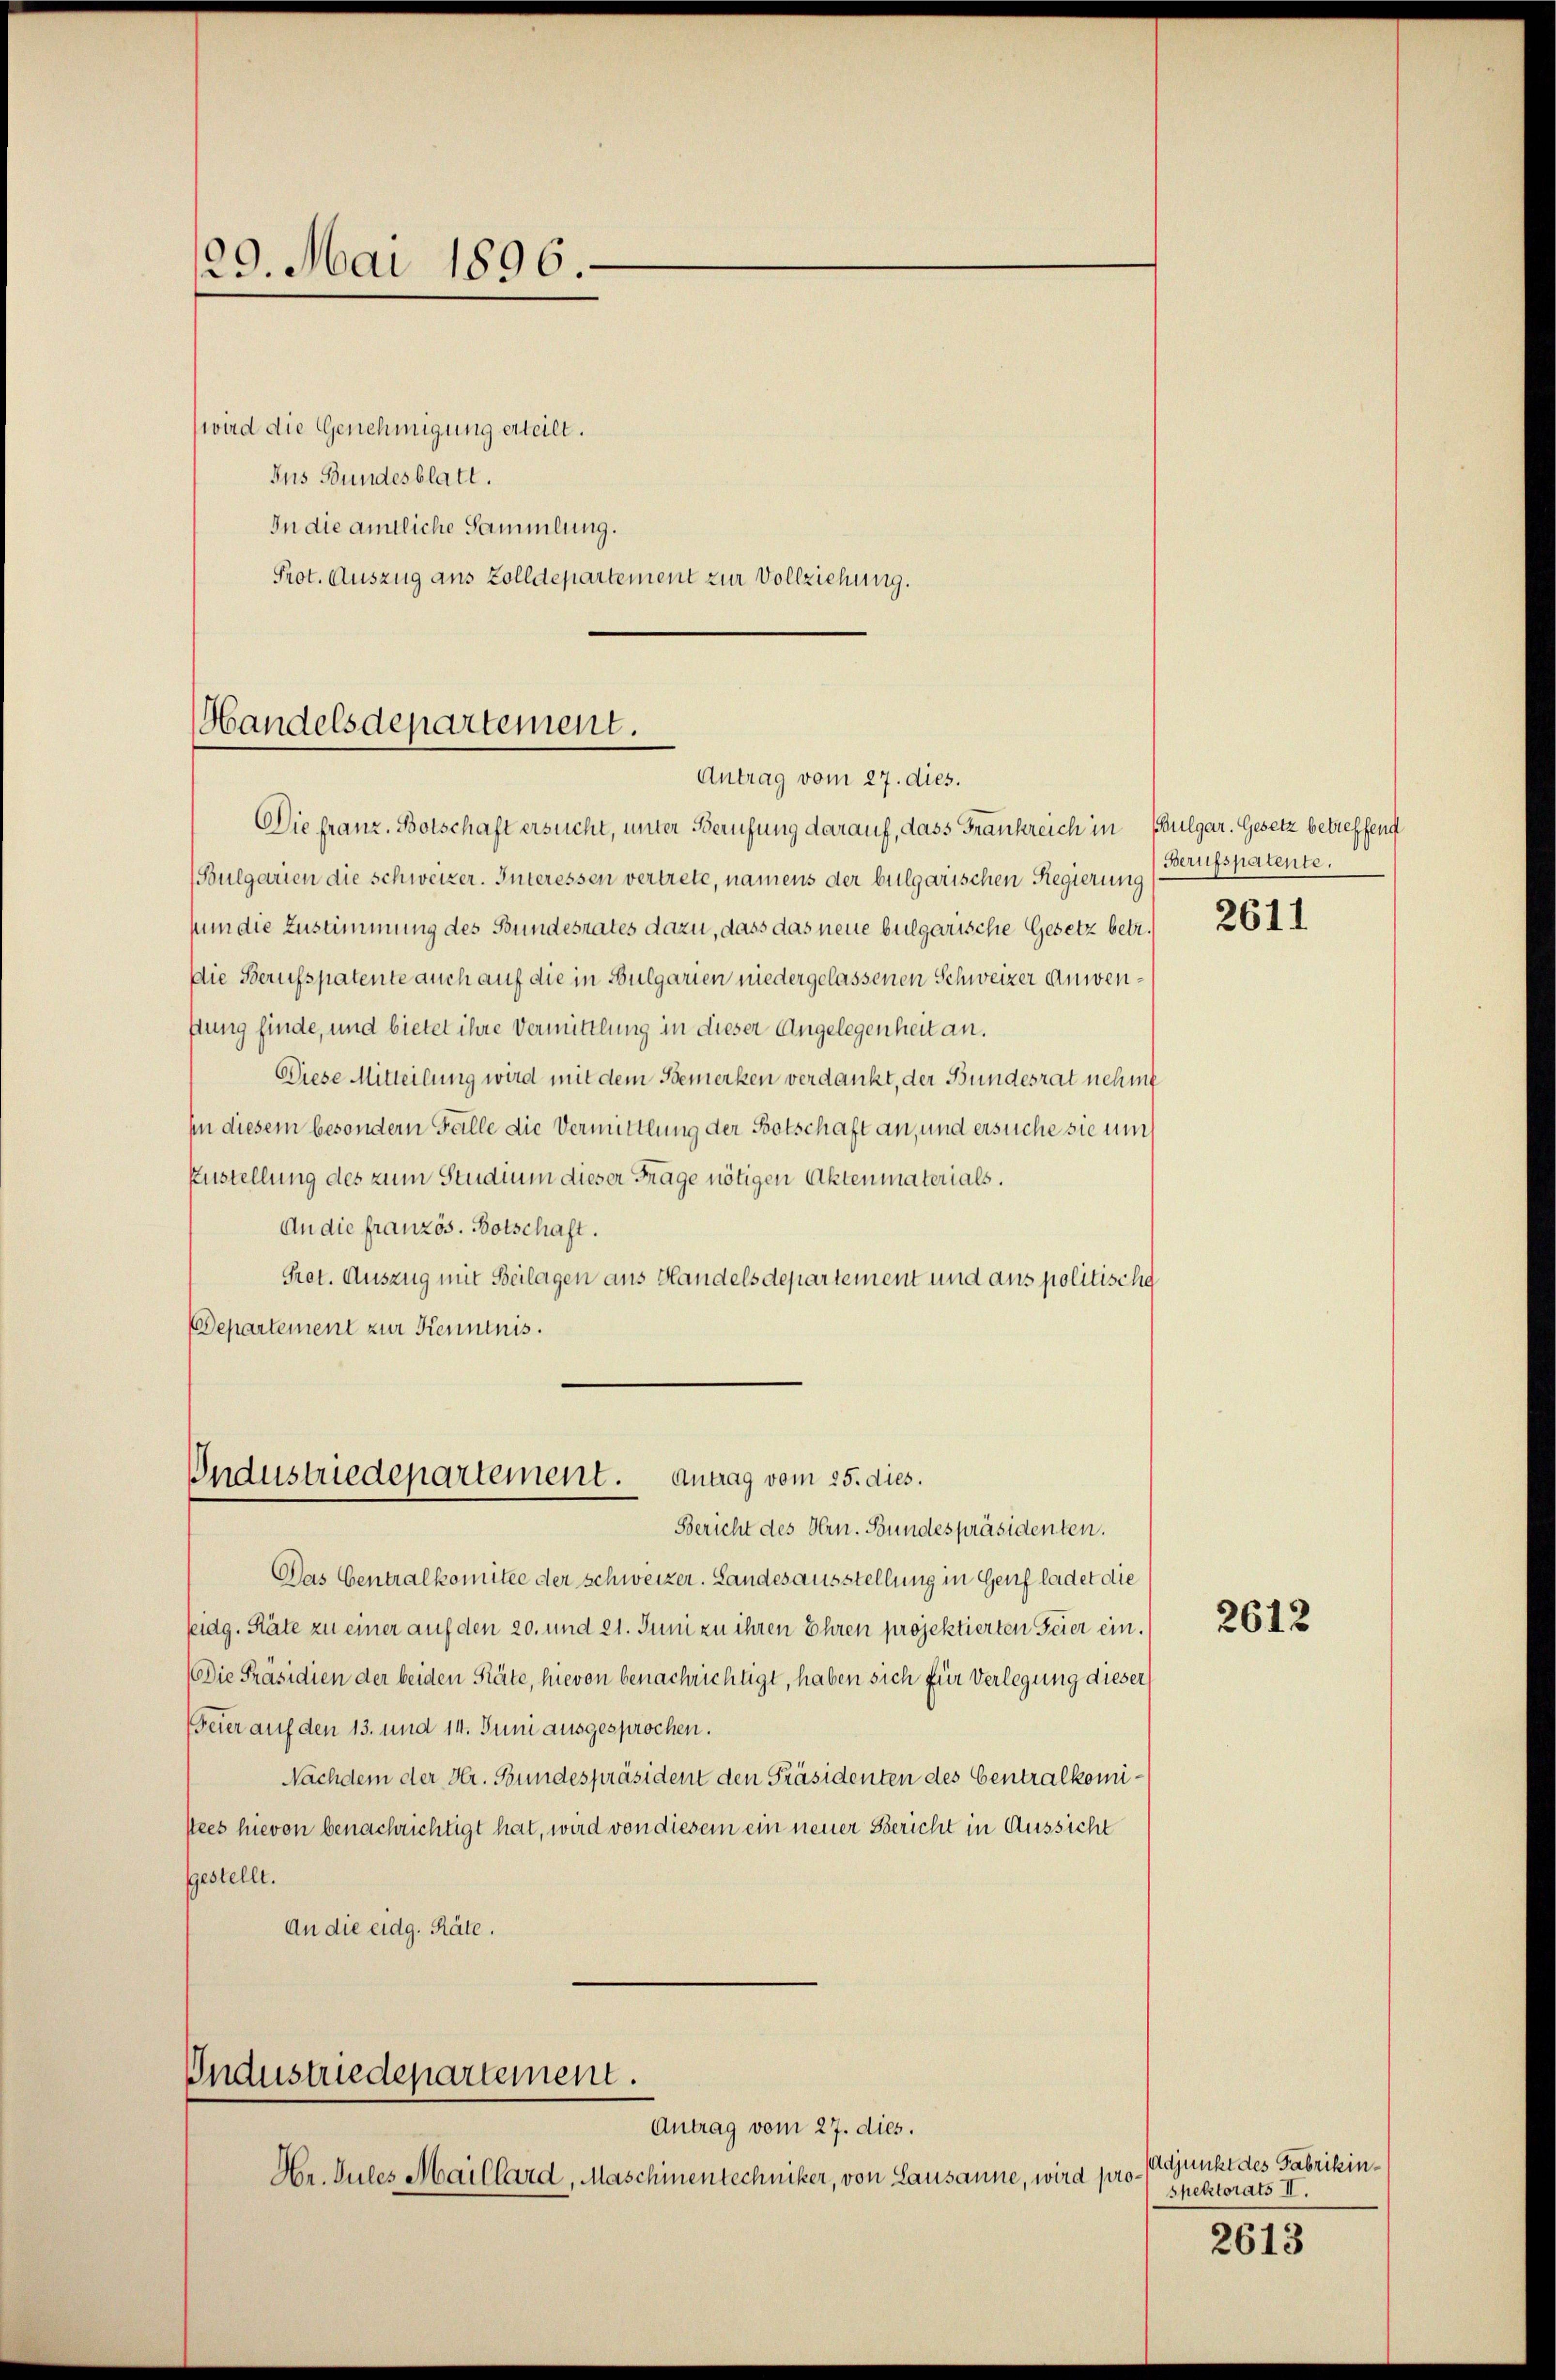
29. Mai 1896.

wird die Genehmigung erteilt.
Ins Bundesblatt.
In die amtliche Sammlung.
Prot. Auszug aus Zolldepartement zur Vollziehung.

Handelsdepartement.
Antrag vom 27. dies.

Die franz. Botschaft ersucht, unter Berufung darauf, dass Frankreich in Bulgar. Gesetz betreffend
(Sulgarien die schweizer. Interessen vertrete, namens der bulgarischen Regierung
suum die Zustimmung des Bundesrates dazu, dass das neue bulgarische Gesetz betr.
Die Berufspatente auch auf die in Bulgarien niedergelassenen Schweizer Anwenftung finde, und bietet ihre Vermittlung in dieser Angelegenheit an.
Diese Mitteilung wird mit dem Bemerken verdankt, der Bundesrat nehmt
hin diesem besondern Fälle die Vermittlung der Botschaft an, und ersuche sie um
Zustellung des zum Studium dieser Frage nötigen Aktenmaterials.
An die französ. Botschaft.
Pret. Auszug mit Beilagen aus Handelsdepartement und aus politische
Departement zur Kenntnis.
Industriedepartement. Antrag vom 25. dies.
Bericht des Hrn. Bundespräsidenten.
Das Centralkomitee der schweizer. Landesausstellung in Genf ladet die
seidg. Räte zu einer auf den 20. und 21. Juni zu ihren Ehren projektierten Feier ein.
Die Präsidien der beiden Räte, hievon benachrichtigt, haben sich für Verlegung dieser
(Feier auf den 13. und 14. Juni ausgesprochen.
Nachdem der Hr. Bundespräsident den Präsidenten des Centralkomistees hievon benachrichtigt hat, wird von diesem ein neuer Bericht in Aussicht
ggestellt.
An die eidg. Räte.

Industriedepartement.
Antrag vom 27. dies.

Hr. Sules Maillard, Maschinentechniker, von Lausanne, wird pro¬

Berufspatente.

2611

2612

Adjunkt des Fabrikinspektorats II.

2613